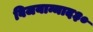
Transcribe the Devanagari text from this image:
विजयान्माद३०